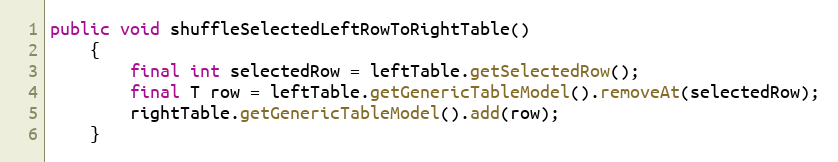
Language: Java
public void shuffleSelectedLeftRowToRightTable()
	{
		final int selectedRow = leftTable.getSelectedRow();
		final T row = leftTable.getGenericTableModel().removeAt(selectedRow);
		rightTable.getGenericTableModel().add(row);
	}